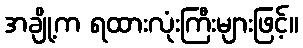
အချို့က ရထားလုံးကြီးများဖြင့်။